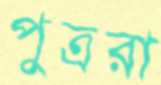
পুত্ররা